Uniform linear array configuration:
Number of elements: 24
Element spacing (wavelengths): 1
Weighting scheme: kaiser
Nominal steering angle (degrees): -45
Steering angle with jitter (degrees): -46.167
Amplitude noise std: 0.05
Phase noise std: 0.05

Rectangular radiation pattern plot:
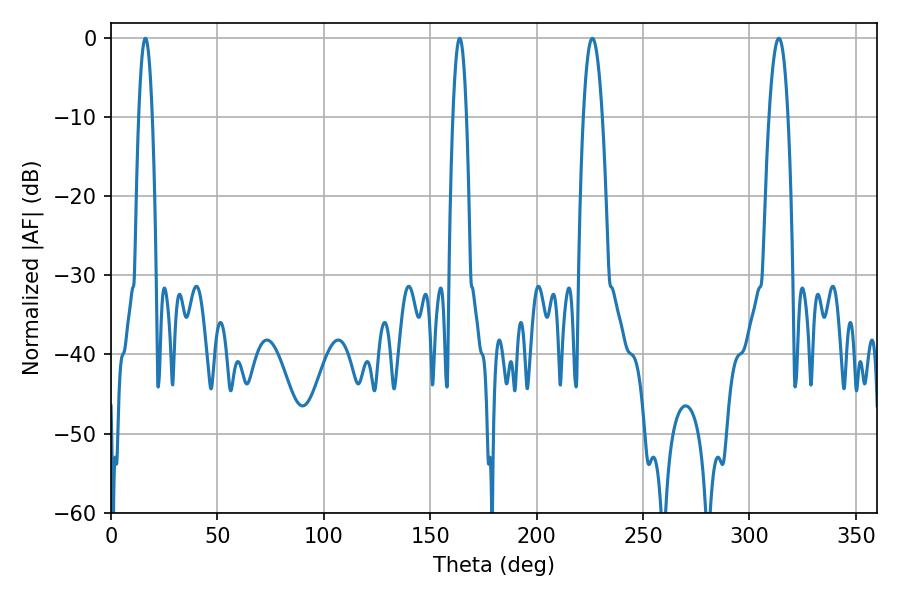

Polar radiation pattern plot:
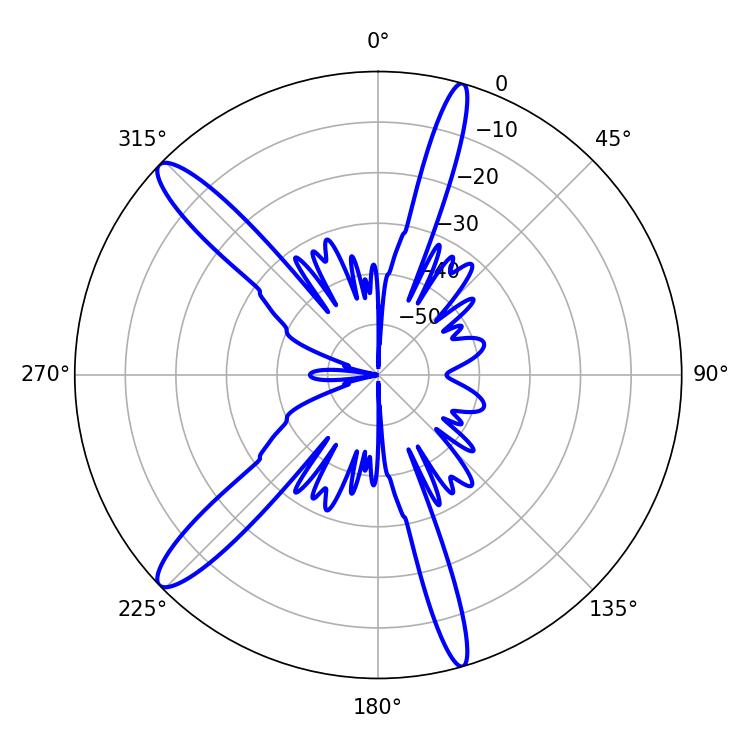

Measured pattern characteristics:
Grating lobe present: TRUE
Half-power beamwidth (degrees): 3.42
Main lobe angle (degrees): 16.2